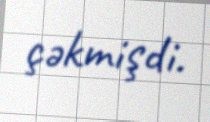
çəkmişdi.